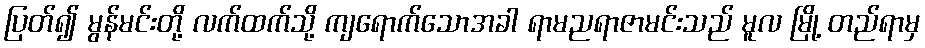
ပြတ်၍ မွန်မင်းတို့ လက်ထက်သို့ ကျရောက်သောအခါ ရာမညရာဇာမင်းသည် မူလ မြို့ တည်ရာမှ